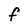
Character: f